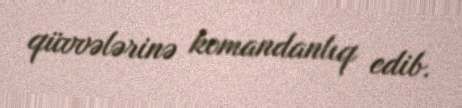
qüvvələrinə komandanlıq edib.